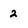
Character: 2